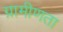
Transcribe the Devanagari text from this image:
ग्रामीणता